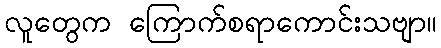
လူတွေက ကြောက်စရာကောင်းသဗျာ။